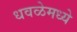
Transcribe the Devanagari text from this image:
धवळेमध्ये